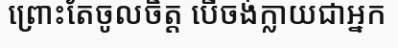
ព្រោះតែចូលចិត្ត បើចង់ក្លាយជាអ្នក